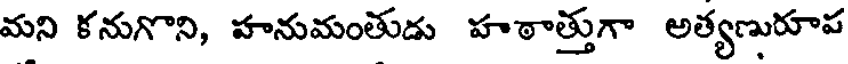
మని కనుగొని, హనుమంతుడు హఠాత్తుగా అత్యణురూప